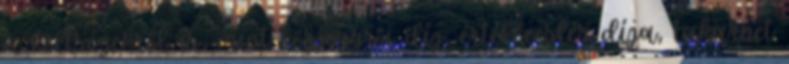
a költségekről is, mint közjegyzői díj, értékbecslés díja, takarnet